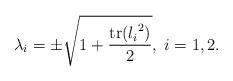
LaTeX: \begin{align*}\lambda_{i} = \pm \sqrt{\displaystyle 1+\frac{\operatorname{tr}({l_{i}}^2)}{2}}, \; i=1,2.\end{align*}